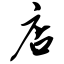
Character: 店